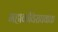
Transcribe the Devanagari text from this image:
महाकविराघवांक